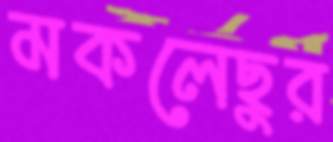
মকলেছুর